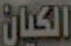
الكيان